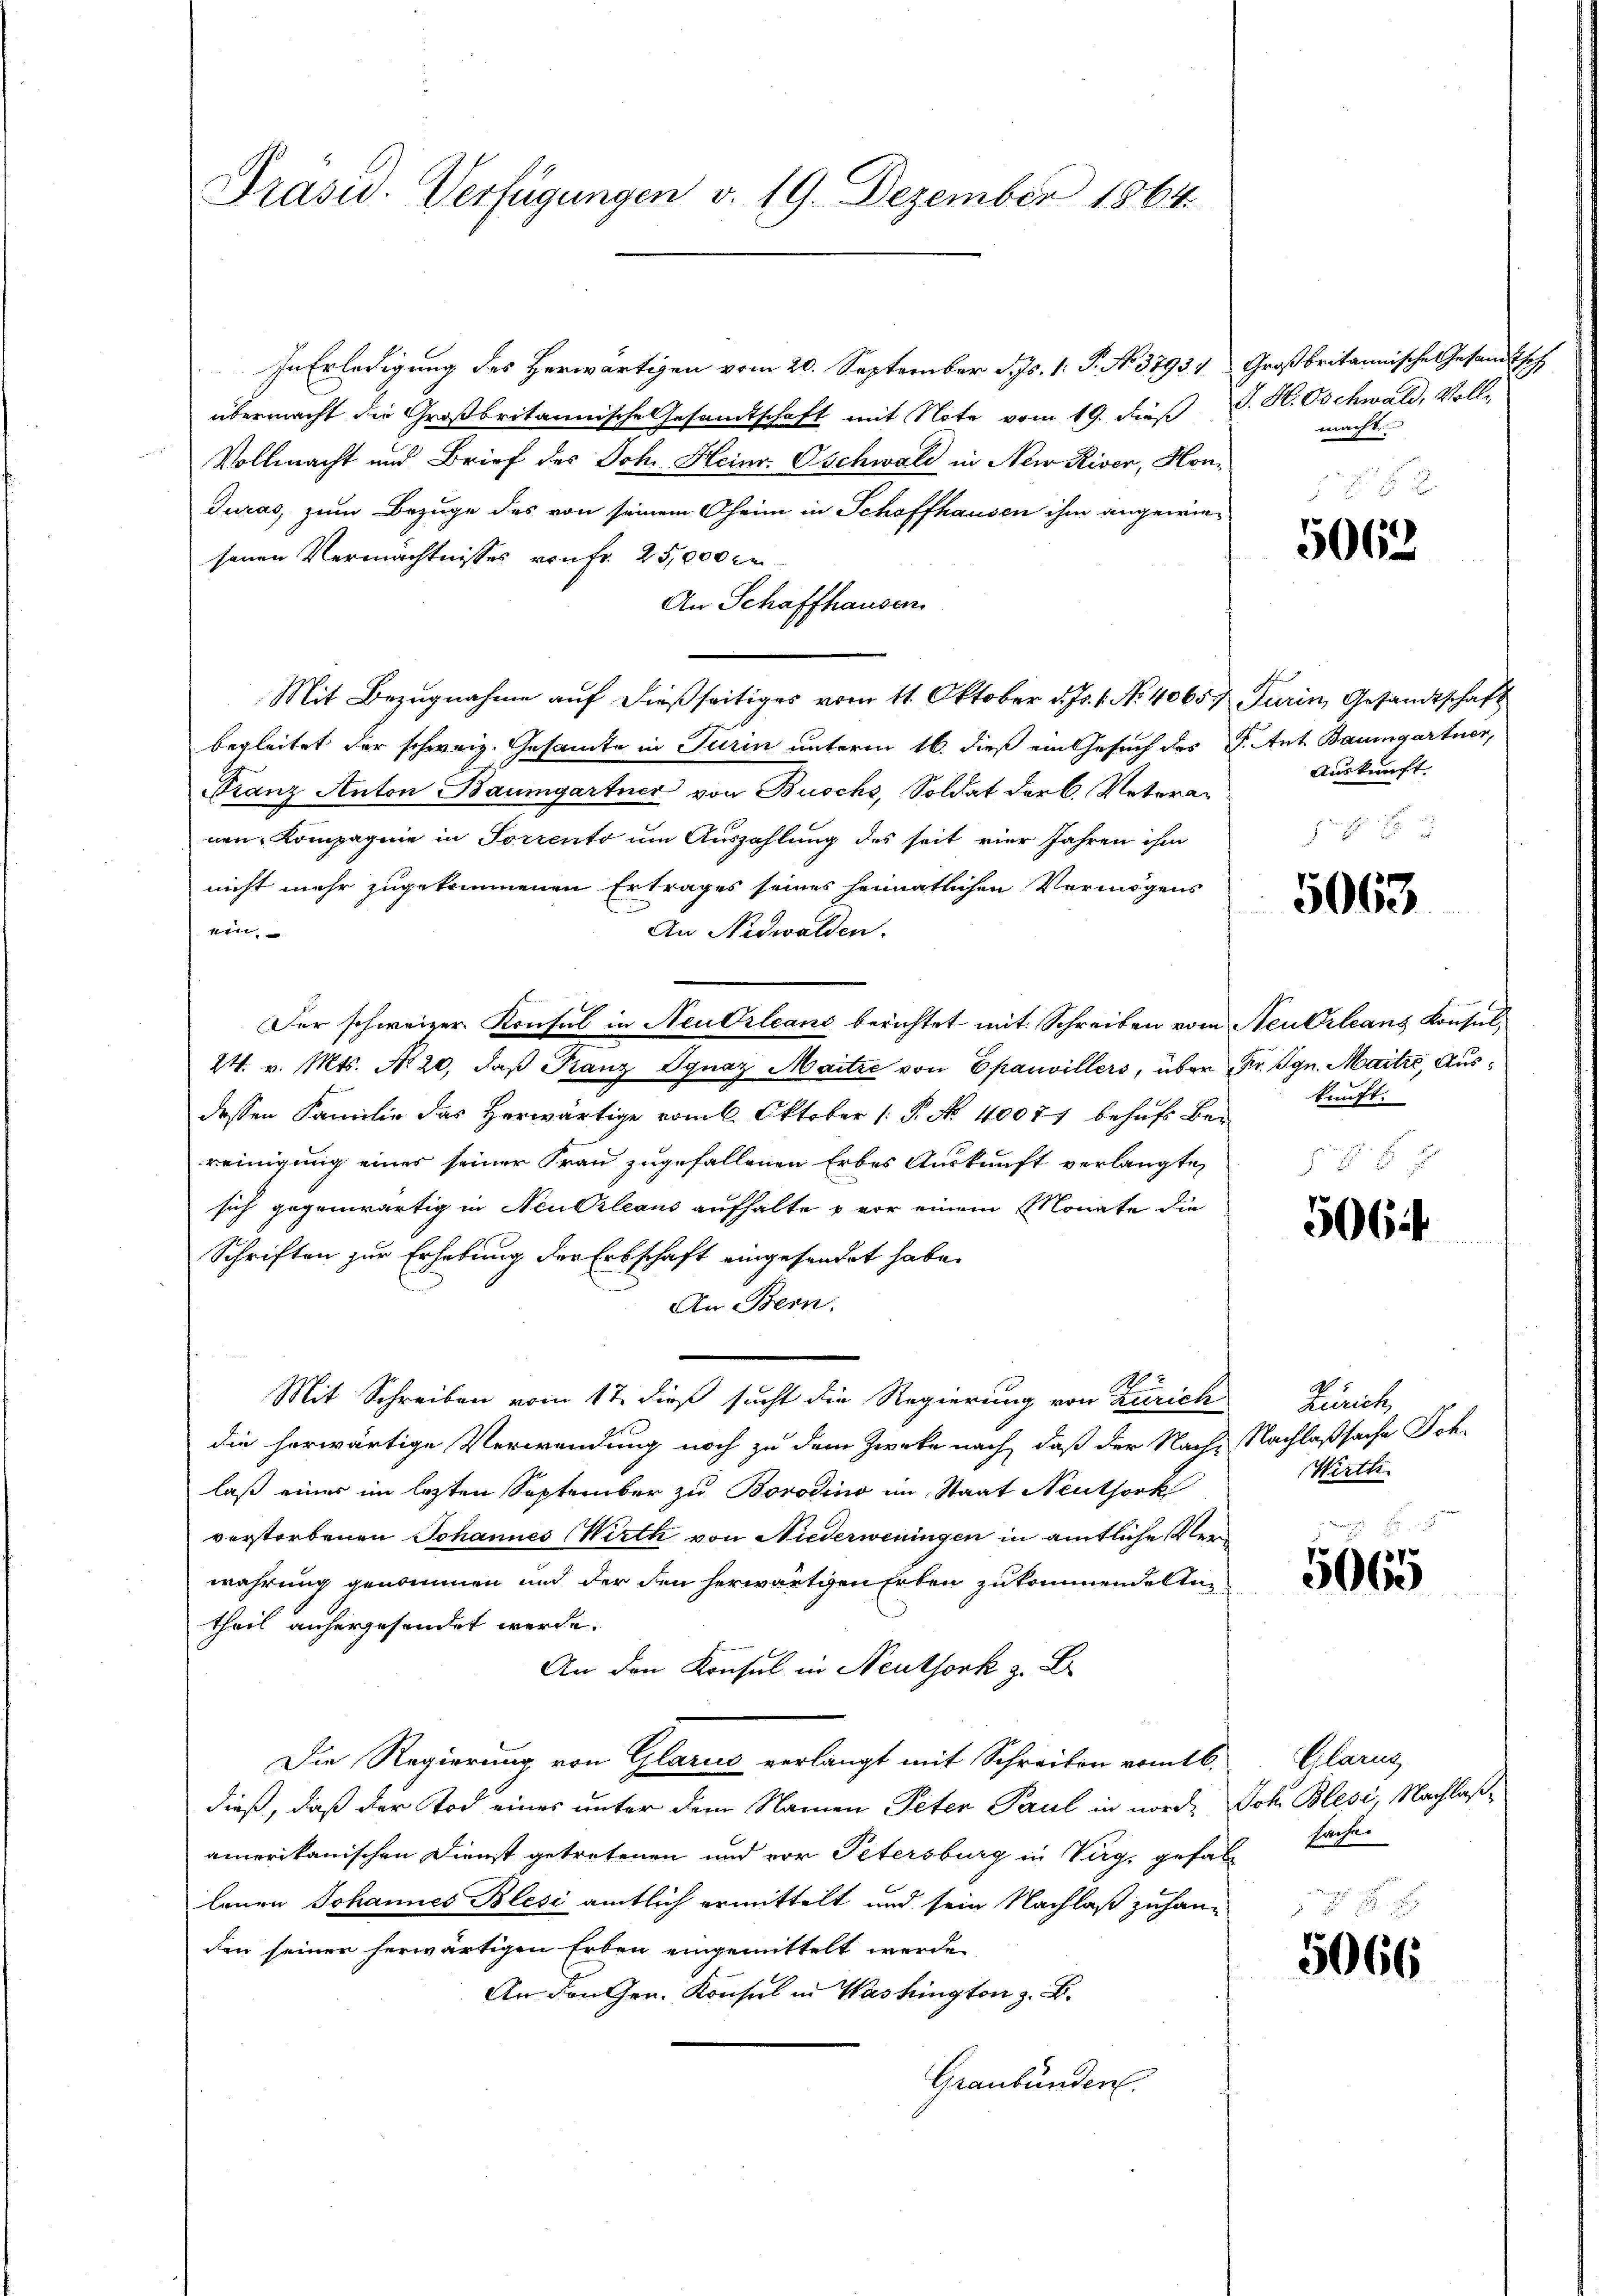
Präsid. Verfügungen v. 19. Dezember 1864.

In Erledigung des Herwärtigen vom 20. September d. Js. 1. P. No. 3793
übermacht die Großbritannische Gesandtschaft mit Note vom 19. dieß J. H. Oschwald, Voll
Vollmacht und Brief des Joh. Heinr. Oschwald in New River, Hon¬
Juras, zum Bezuge des von seinem Oheim in Schaffhausen ihm angewiesenen Vermächtnisses von fr. 25,000 r
An Schaffhausen
Mit Bezugnahme auf dießseitiges vom 11. Oktober d. Js. 1. No 4065. Furin, Gesandtschaft
begleitet der schweiz. Gesamte in Turin unterm 16. dieß ein Gesuch des J. Ant Baumgartner,
Franz Anton Baumgartner von Buschs, Soldat der C. Veteranen Kompagnie in Sorrento um Auszahlung des seit vier Jahren ihm
nicht mehr zugekommenen Ertrages seines heimatlichen Vermögens
ein
An Nidwalden.
Der schweizer Konsul in Neu Orleans berichtet mit Schreiben vom Neu Orleans Konsul¬
24. v. Mts. No. 20, daß Franz Ignaz Maitre von Epauvillers, über Dr. Ign. Maitre, Ausdessen Familie das Herwärtige vom 6. Oktober 1. P. No. 40071 behufs Bereinigung eines seiner Frau zugefallenen Erbes Auskunft verlangte
sich gegenwärtig in Neu Orleans aufhalte u vor einem Monate die
Schriften zur Erhebung der Erbschaft eingesendet habe.
An Bern.
119
Mit Schreiben vom 17. dieß sucht die Regierung von Zürich
die herwärtige Verwendung noch zu dem Zwecke nach, daß der Nach-
laß einer im lezten September zu Borodino im Staat Neuthork
verstorbenen Johannes Wirth von Niederweningen in amtliche Ver
wahrung genommen und der den herwärtigen Erben zukommendetten
theil anhergesendet werde.
An den Konsul in Neuthork z. B
Die Regierung von Glarus verlangt mit Schreiben vom 16.
dieß, daß der Tod eines unter dem Namen Peter Paul in nord- Joh Blesi, Nachlaßamerikanischen Dienst getretenen und vor Petersburg in Verg, gefall sachen
lauen Johannes Blesi amtlich ermittelt und sein Nachlaß zuhan-
den seiner herwärtigen Erben eingemittelt werde.
An den Gen. Konsul in Washington z. B.
Graubünden.

Großbritannische Gesandtsch
macht.

5062

Auskunft.

5063

kunft.

5064

Zürich,
Nachlaßsache Joh.
Wirth

5665

Glarus

5066